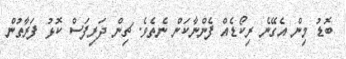
ބޮޑު މިން އެގޭނެ ރިކޯޑެއް ފެންނާކަން ނެތެވެ. ޗިން ދަރިފަސް ކޮޅު ފަރާތުން